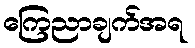
ကြေညာချက်အရ